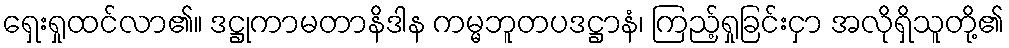
ရှေးရှုထင်လာ၏။ ဒဋ္ဌုကာမတာနိဒါန ကမ္မဘူတပဒဋ္ဌာနံ၊ ကြည့်ရှုခြင်းငှာ အလိုရှိသူတို့၏